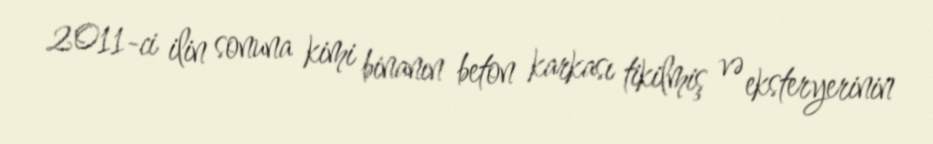
2011-ci ilin sonuna kimi binanın beton karkası tikilmiş və eksteryerinin